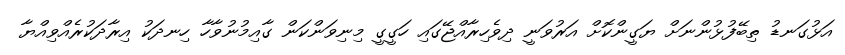
އަޅުގަނޑު ތިބޭފުޅުންނަށް ޔަގީންކޮށް އަރުވަނީ ދިވެހިރާއްޖޭގައި ހަގީގީ މިނިވަންކަން ގާއިމުނުވާހާ ހިނދަކު އިރާދަކުރެއްވިއްޔާ